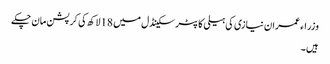
وزراء عمران نیازی کی ہیلی کاپٹر سکینڈل میں 18 لاکھ کی کرپشن مان چکے
ہیں ۔